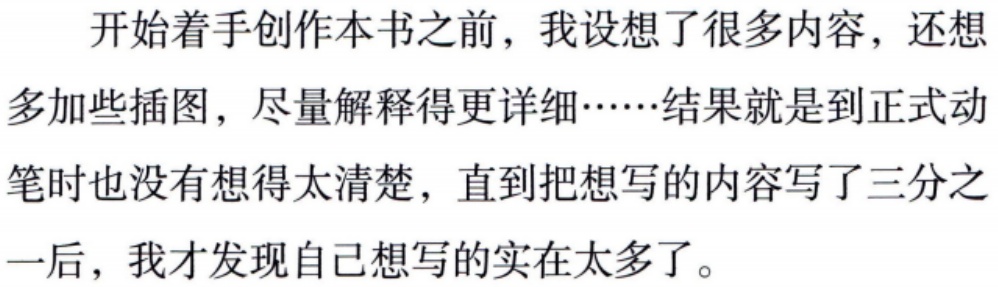
开始着手创作本书之前，我设想了很多内容，还想多加些插图，尽量解释得更详细……结果就是到正式动笔时也没有想得太清楚，直到把想写的内容写了三分之一后，我才发现自己想写的实在太多了。